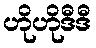
ဟိုဟိုဒီဒီ